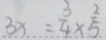
3 x = \frac { 3 } { 4 } \times \frac { 2 } { 5 }